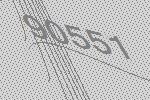
90551